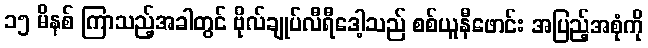
၁၅ မိနစ် ကြာသည့်အခါတွင် ဗိုလ်ချုပ်လီရီဒေါ့သည် စစ်ယူနီဖောင်း အပြည့်အစုံကို